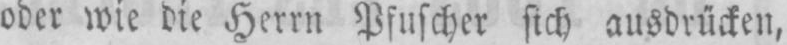
oder wie die Herrn Pfuscher sich ausdrücken,